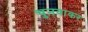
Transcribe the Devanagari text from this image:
चुनवाकर